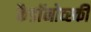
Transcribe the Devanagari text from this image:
कैडाॅनोव्स्की